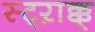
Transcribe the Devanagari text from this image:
स्ट्ऱाक्क्